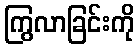
ကြွလာခြင်းကို